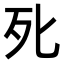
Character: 𭭽